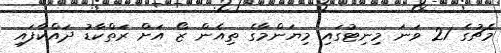
މެޗުގެ 21 ވަނަ މިނިޓުގައި މިޔަންމާގެ ތިއެން ޒޯ އަށް ރަތްކާޑު ދައްކާފައި